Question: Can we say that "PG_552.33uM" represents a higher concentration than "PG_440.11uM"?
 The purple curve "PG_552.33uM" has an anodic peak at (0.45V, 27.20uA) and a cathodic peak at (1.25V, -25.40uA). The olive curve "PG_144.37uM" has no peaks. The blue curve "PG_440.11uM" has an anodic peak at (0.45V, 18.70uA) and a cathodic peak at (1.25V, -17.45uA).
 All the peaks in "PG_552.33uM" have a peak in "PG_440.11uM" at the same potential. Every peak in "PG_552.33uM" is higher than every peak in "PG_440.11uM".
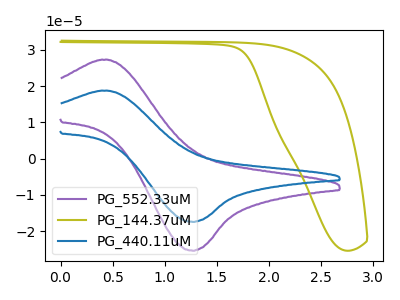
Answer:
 <answer>"PG_552.33uM" has more signal than "PG_440.11uM" and so likely has a higher concentration.</answer>
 <eval>more_concentration</eval>